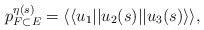
LaTeX: \begin{align*} p_{F\subset E}^{\eta(s)} = \langle\langle u_1 || u_2(s) || u_3(s)\rangle\rangle,\end{align*}